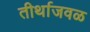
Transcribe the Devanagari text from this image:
तीर्थाजवळ